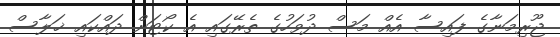
ޖޫރިމަނާގެ ފައިސާ އެއް މަސް ދުވަހުގެ ތެރޭގައި އެ ކޯޓަށް ދައްކައި ޚަލާސް